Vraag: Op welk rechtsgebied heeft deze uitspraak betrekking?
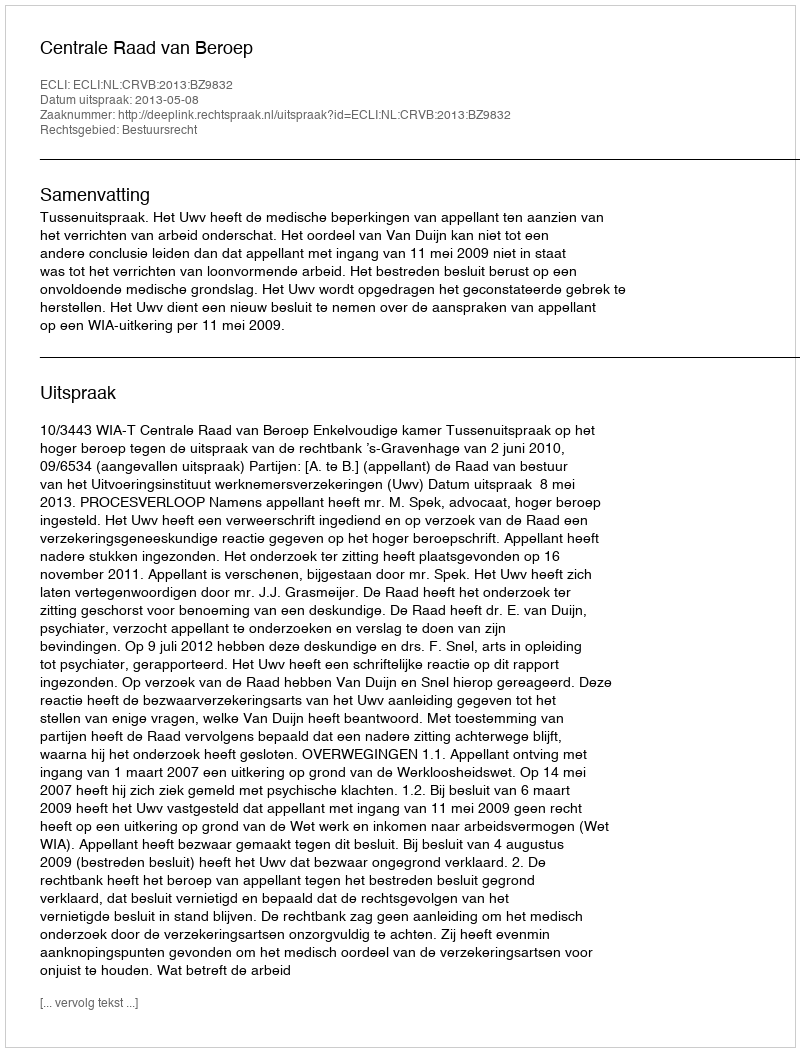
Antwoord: Bestuursrecht